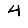
Digit: 4